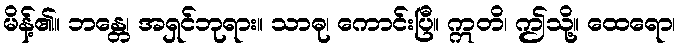
မိန့်၏။ ဘန္တေ၊ အရှင်ဘုရား။ သာဓု၊ ကောင်းပြီ။ ဣတိ၊ ဤသို့။ ထေရော၊